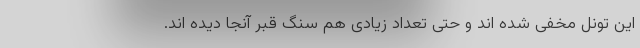
این تونل مخفی شده اند و حتی تعداد زیادی هم سنگ قبر آنجا دیده اند.